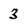
Character: 3